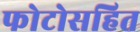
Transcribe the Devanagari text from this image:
फोटोसहित